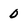
Character: 0